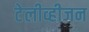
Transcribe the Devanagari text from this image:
टेलीव्हीजन